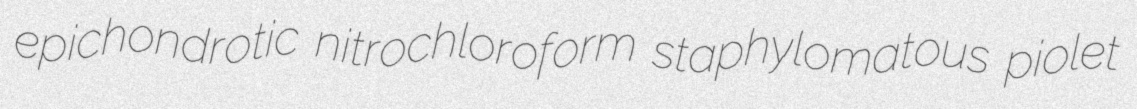
epichondrotic nitrochloroform staphylomatous piolet